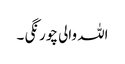
اللہ والی چورنگی ۔